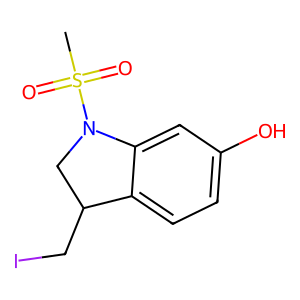
SMILES: CS(=O)(=O)N1CC(CI)c2ccc(O)cc21
Inhibits HIV replication: No